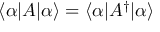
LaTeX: \langle \alpha | A | \alpha \rangle = \langle \alpha | A ^ { \dagger } | \alpha \rangle